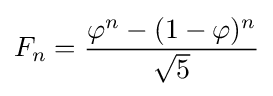
F_{n}={\frac {\varphi ^{n}-(1-\varphi )^{n}}{\sqrt {5}}}